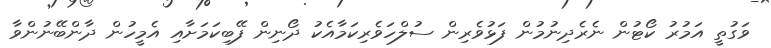
ވަގުތީ އަމުރު ކޯޓުން ނެރެދިނުމުން ފަޅުވެރިން ސުލްހަވެރިކަމާއެކު ދޯނިން ފޭބިކަމަށާއި އެމީހުން ދާންބޭނުންވާ